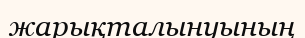
жарықталынуының